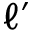
\ell ^ { \prime }